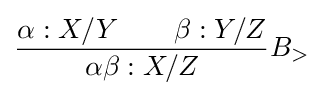
{\dfrac {\alpha :X/Y\qquad \beta :Y/Z}{\alpha \beta :X/Z}}B_{>}